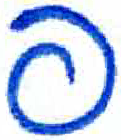
אות: פ